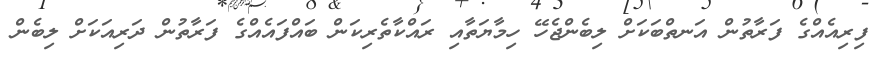
ފިރިއެއްގެ ފަރާތުން އަނތްބަކަށް ލިބެންޖެހޭ ހިމާޔަތާއި ރައްކާތެރިކަން ބައްފައެއްގެ ފަރާތުން ދަރިއަކަށް ލިބެން